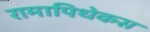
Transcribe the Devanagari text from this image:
रामापिथेकस